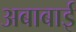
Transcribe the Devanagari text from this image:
अबाबाई